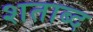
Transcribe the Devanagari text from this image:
शताब्द